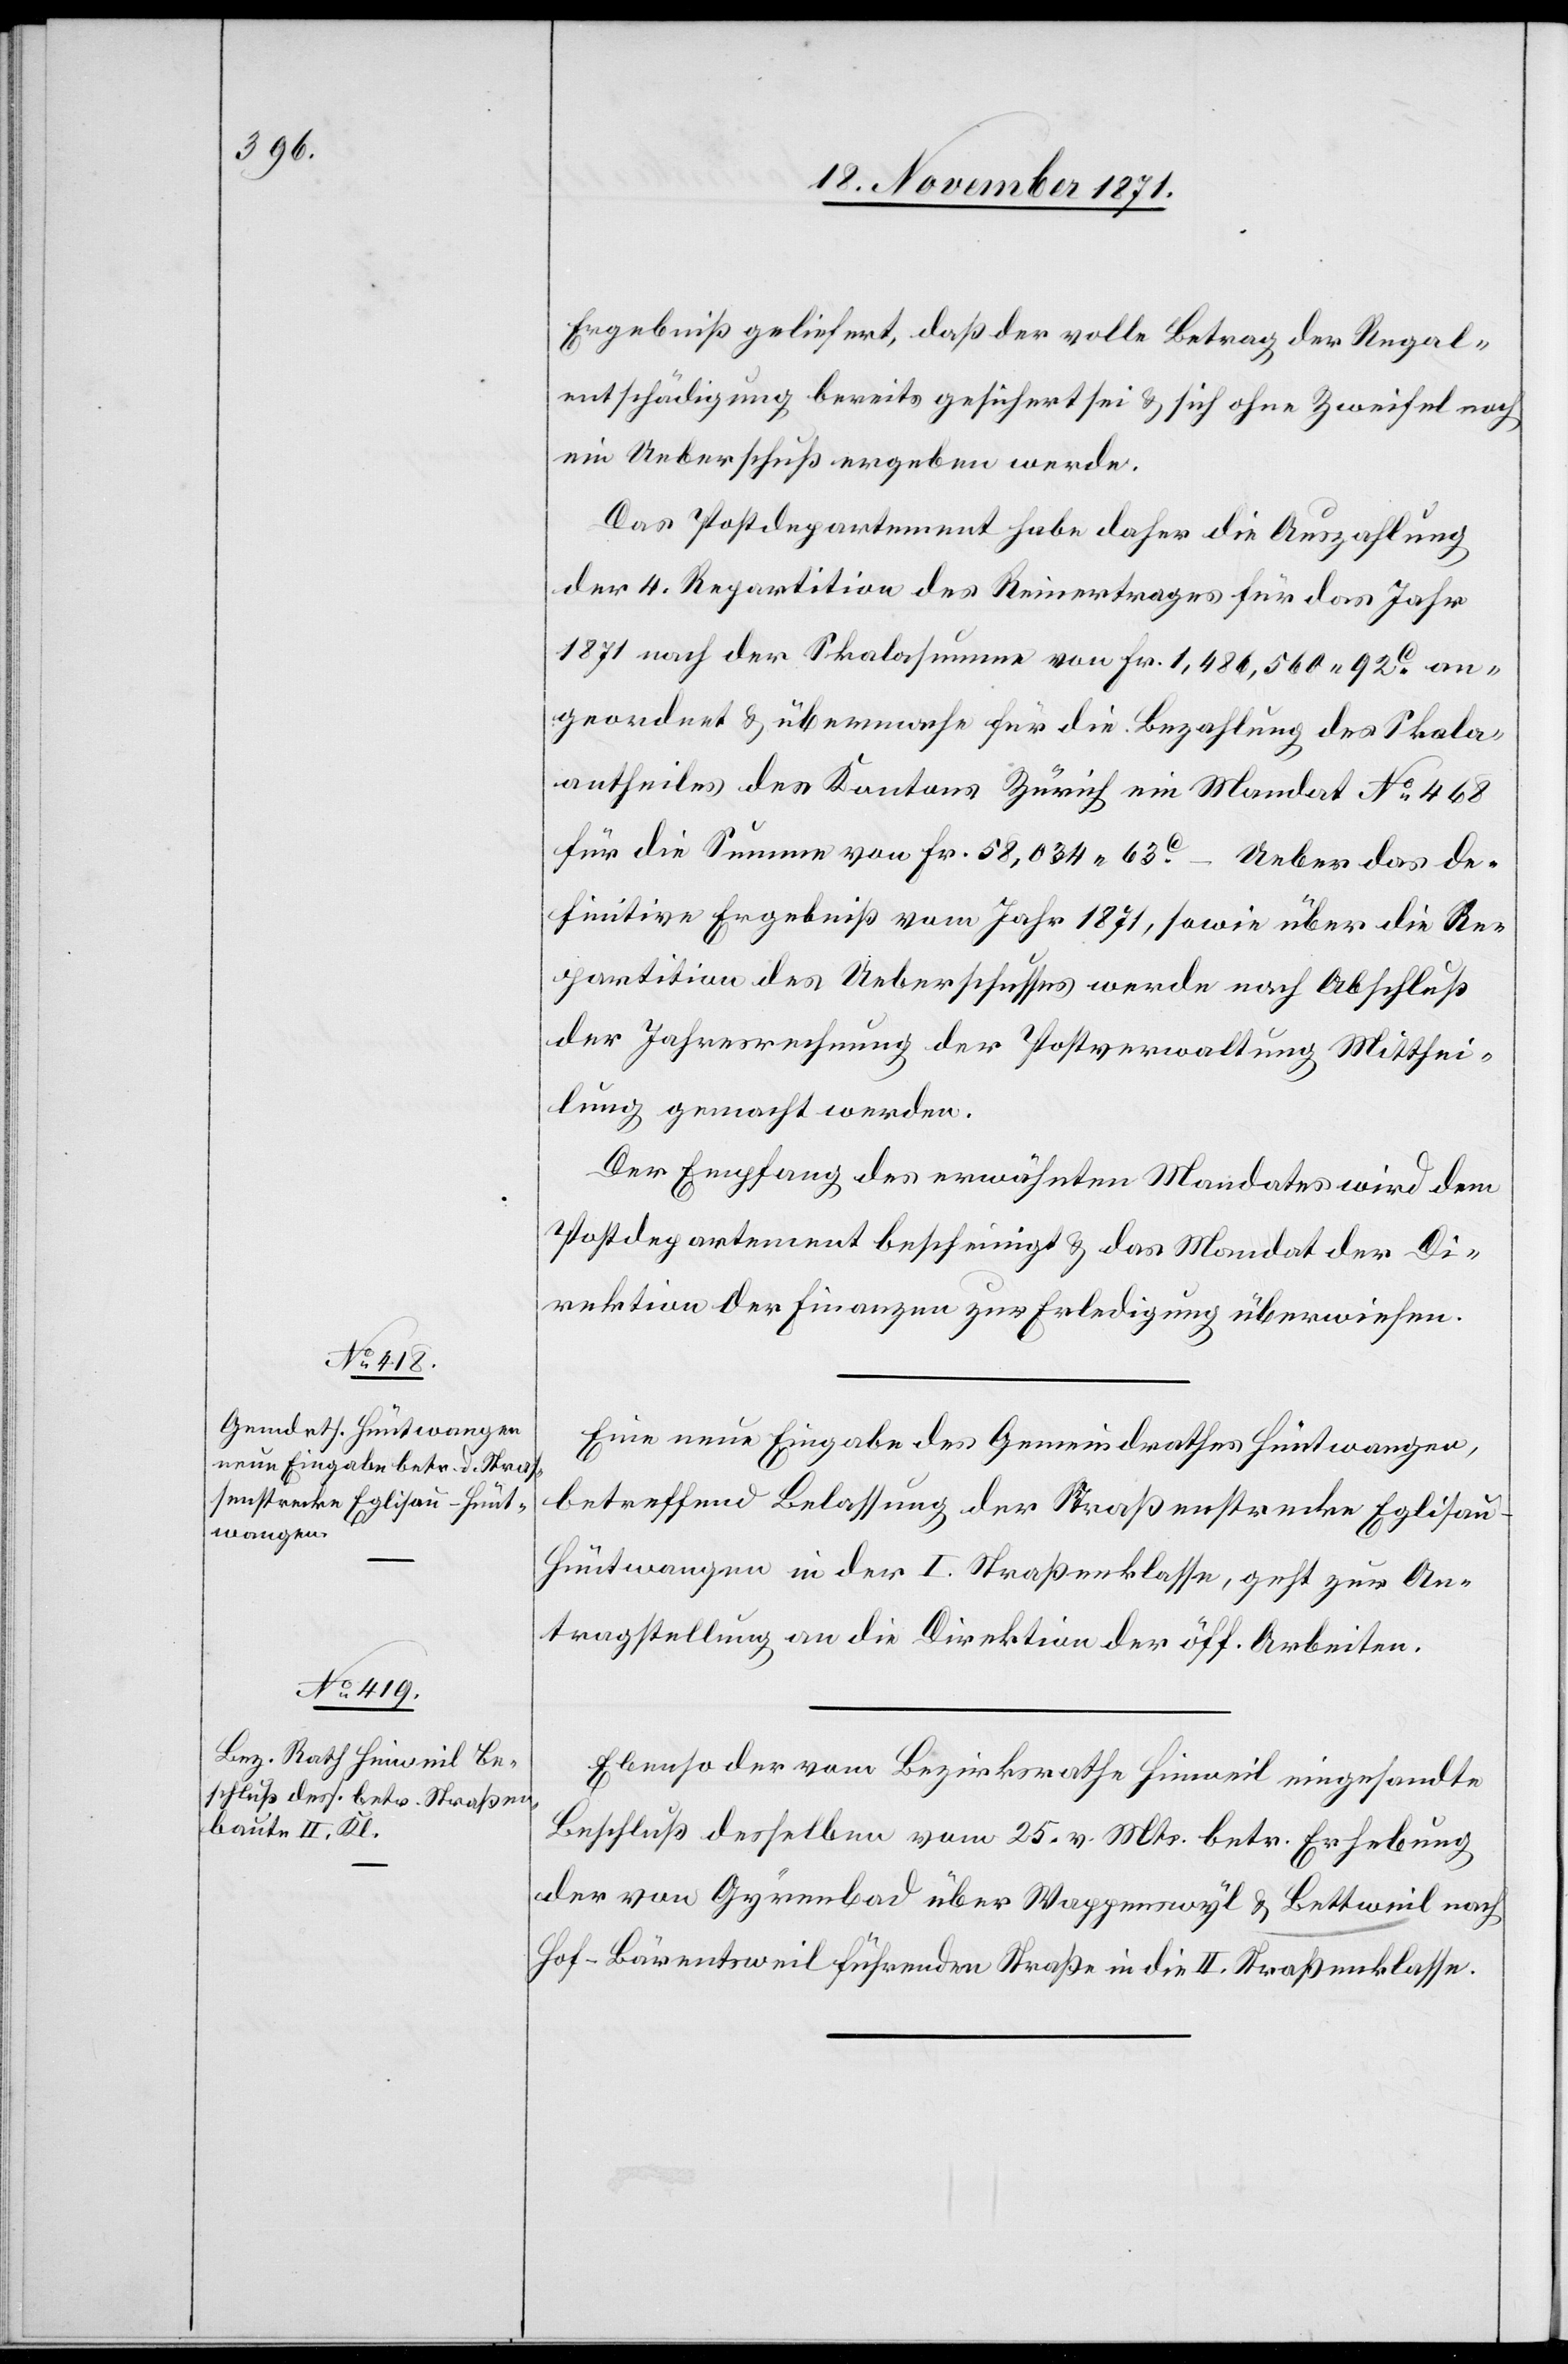
18. November 1871.]
Ergebniß geliefert, daß der volle Betrag der Regal¬
entschädigung bereits gesichert sei & sich ohne Zweifel noch
ein Ueberschuß ergeben werde.
Das Postdepartement habe daher die Auszahlung
der 4. Repartition des Reinertrages für das Jahr
1871 nach der Skalasumme von Fr. 1,486,560 92C an¬
geordnet & übermache für die Bezahlung des Skala¬
antheiles des Kantons Zürich ein Mandat No 468
für die Summe von Fr. 58,034 63C – Ueber das de¬
finitive Ergebniß vom Jahr 1871, sowie über die Re¬
partition des Ueberschusses werde nach Abschluß
der Jahresrechnung der Postverwaltung Mitthei¬
lung gemacht werden.
Der Empfang des erwähnten Mandates wird dem
Postdepartement bescheinigt & das Mandat der Di¬
rektion der Finanzen zur Erledigung überwiesen.
Eine neue Eingabe des Gemeindrathes Hüntwangen,
betreffen Belassung der Straßenstrecke Eglisau-H¬
üntwangen in der I. Straßenklasse, geht zur An¬
tragstellung an die Direktion der öff. Arbeiten.
Ebenso der vom Bezirksrathe Hinweil eingesandte
Beschluß desselben vom 25. v. Mts. betr. Erhebung
der von Gyrenbad über Wappenswyl & Bettweil nach
Hof - Bärentsweil führenden Straße in die II. Straßenklasse.